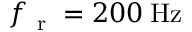
f _ { \mathrm { ~ r ~ } } = 2 0 0 \: \mathrm { H z }